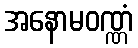
အနောမဝဏ္ဏံ